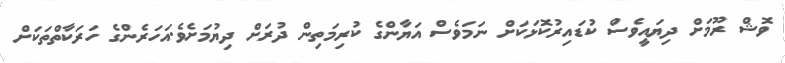
ވޮޝް ރޫމަށް ދިޔައީވެސް ކުޑައިރުކޮޅަކަށް ނަމަވެސް އަޔާންގެ ކުރިމަތިން ދުރަށް ދިޔުމަށެވެ.އަހަރެންގެ ހަރަކާތްތަކަށް